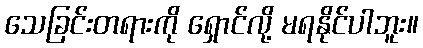
သေခြင်းတရားကို ရှောင်လို့ မရနိုင်ပါဘူး။